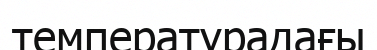
температурадағы